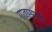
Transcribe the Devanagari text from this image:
गावासाठीचे